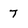
Character: 7